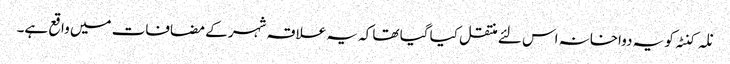
نلہ کنٹہ کو یہ دواخانہ اس لئے منتقل کیا گیا تھا کہ یہ علاقہ شہر کے مضافات میں واقع ہے۔